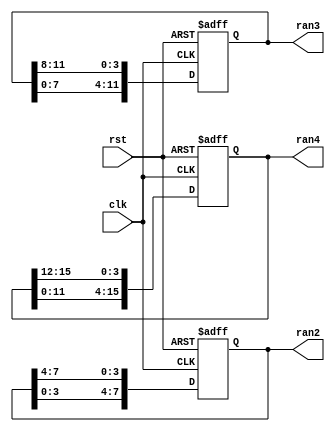
module random(rst,clk,ran2,ran3,ran4);
    input rst,clk;
    output reg [7:0] ran2;
    output reg [11:0] ran3;
    output reg [15:0] ran4;
  
    always @(posedge rst or posedge clk) begin
		if(rst) begin
		  ran2 <= 8'h01;ran3 <= 12'h001;ran4 <= 16'h0001;
		end else begin
		  ran2 <= {ran2[3:0],ran2[7:4]};
		  ran3 <= {ran3[7:0],ran3[11:8]};
		  ran4 <= {ran4[11:0],ran4[15:12]};
		end
	end
endmodule